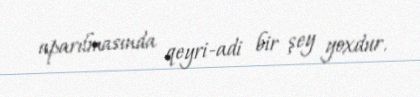
aparılmasında qeyri-adi bir şey yoxdur.